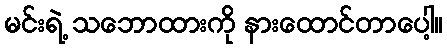
မင်းရဲ့ သဘောထားကို နားထောင်တာပေါ့။